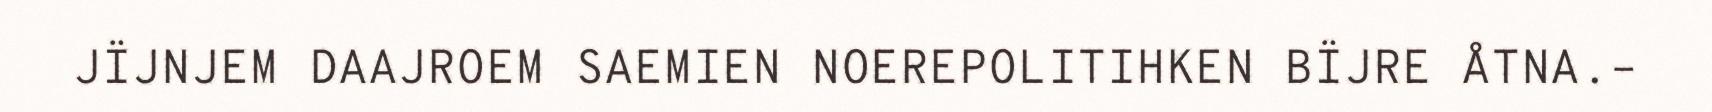
JÏJNJEM DAAJROEM SAEMIEN NOEREPOLITIHKEN BÏJRE ÅTNA.–